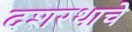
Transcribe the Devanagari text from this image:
दशरथाचे